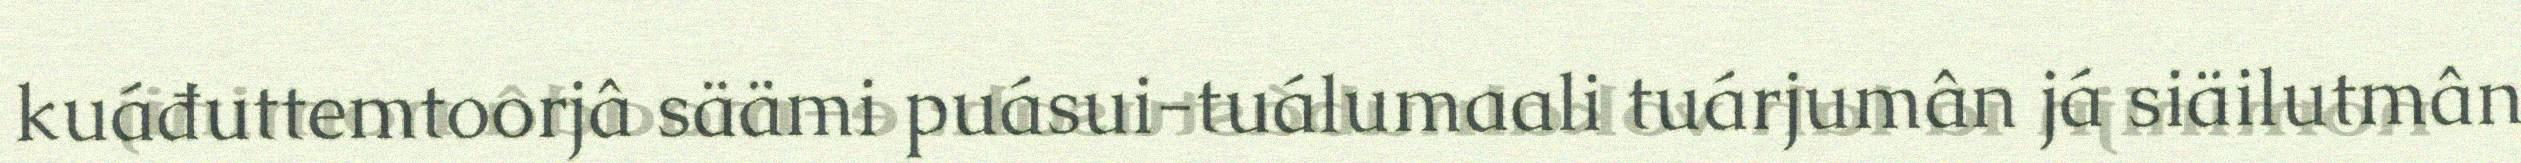
kuáđuttemtoorjâ säämi puásui-tuálumaali tuárjumân já siäilutmân